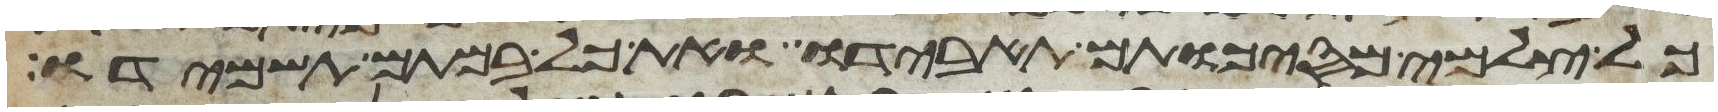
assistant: כל צלמי מסכותם תאבידו ואת כל במתם תשמידו